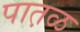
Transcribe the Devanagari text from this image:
पात़ळ